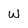
Character: w